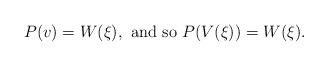
LaTeX: \begin{align*}P(v)=W(\xi), \mbox{ and so } P(V(\xi))=W(\xi).\end{align*}